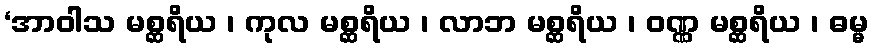
‘အာဝါသ မစ္ဆရိယ ၊ ကုလ မစ္ဆရိယ ၊ လာဘ မစ္ဆရိယ ၊ ဝဏ္ဏ မစ္ဆရိယ ၊ ဓမ္မ